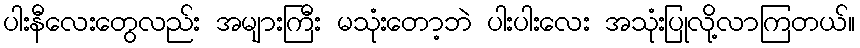
ပါးနီလေးတွေလည်း အများကြီး မသုံးတော့ဘဲ ပါးပါးလေး အသုံးပြုလို့လာကြတယ်။